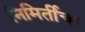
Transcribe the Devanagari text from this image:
निमिर्तीचा